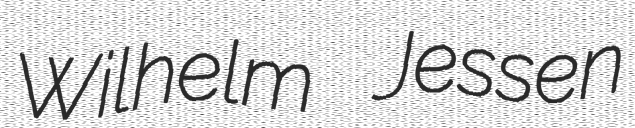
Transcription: Wilhelm Jessen